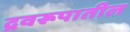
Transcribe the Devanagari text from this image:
द्रवरूपातील